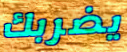
يضربك